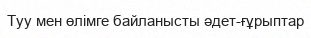
Туу мен өлімге байланысты әдет-ғұрыптар